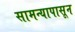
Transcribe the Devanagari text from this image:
सामन्यापासून